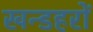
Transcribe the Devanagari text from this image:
खन्डहरों